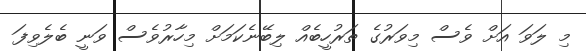
މި ލަވަ އަށް ވެސް މިވަރުގެ ތަރުހީބެއް ލިބޭނެކަމަށް މިހާރުވެސް ވަނީ ބެލެވިފަ